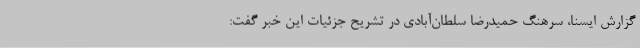
گزارش ایسنا، سرهنگ حمیدرضا سلطان‌آبادی در تشریح جزئیات این خبر گفت: